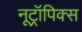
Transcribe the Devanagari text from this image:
नूट्रॉपिक्स